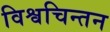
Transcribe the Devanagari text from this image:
विश्वचिन्तन